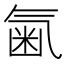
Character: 𣱥